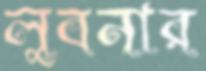
লুবনার